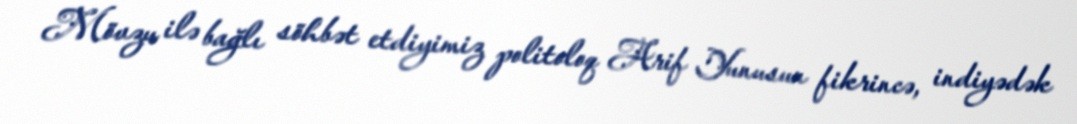
Mövzu ilə bağlı söhbət etdiyimiz politoloq Arif Yunusun fikrincə, indiyədək